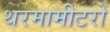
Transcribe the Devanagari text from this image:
थरमामीटरों